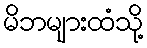
မိဘများထံသို့